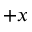
+ x